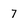
Character: 7